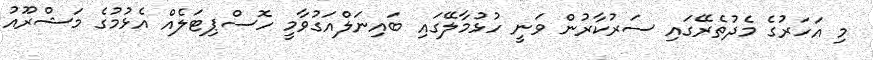
މި އަހަރުގެ މެދުތެރޭގައި ސަރުކާރުން ވަނީ ހުޅުމާލޭގައި ބައިނަލްއަގުވާމީ ހޮސްޕިޓަލެއް އެޅުމުގެ މަޝްރޫއު